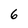
Character: 6